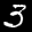
Label: 3